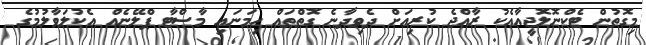
މިގޮތުން ޓެކްނޮލޮޖީއާއެކު ރާއްޖެ ކުރިއަށް ދެވިދާނެ ގޮތްތައް ހިމަނައި މާސްޓާ ޕްލޭނެއް އެކުލަވާލުމުގެ